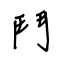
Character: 鬥